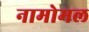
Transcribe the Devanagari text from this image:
नामोमल